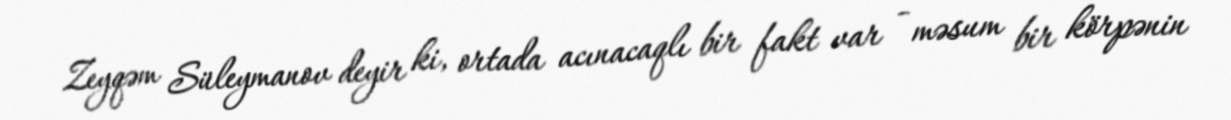
Zeyqəm Süleymanov deyir ki, ortada acınacaqlı bir fakt var - məsum bir körpənin